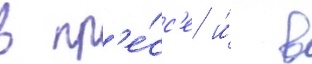
в пр'е́сс'е и́ в